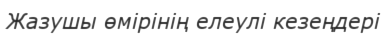
Жазушы өмірінің елеулі кезеңдері